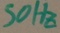
Text: 50Hz